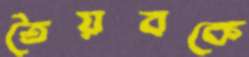
তৈয়বকে